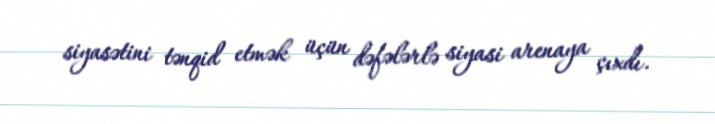
siyasətini tənqid etmək üçün dəfələrlə siyasi arenaya çıxdı.